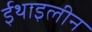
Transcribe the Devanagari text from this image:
ईथाइलीन